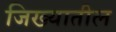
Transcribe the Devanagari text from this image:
जिख्यातील